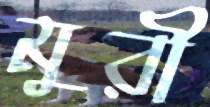
মুরী